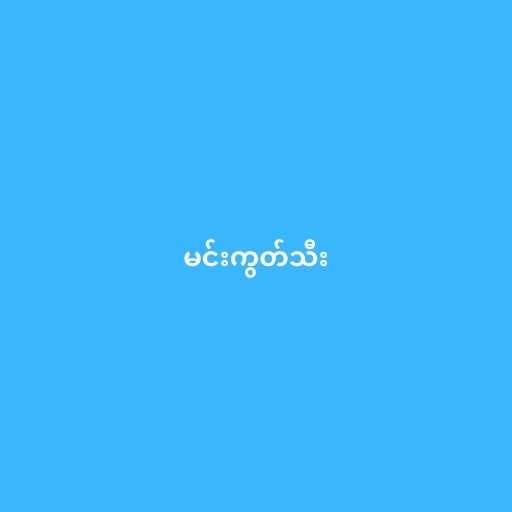
မင်းကွတ်သီး